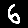
Digit: 6